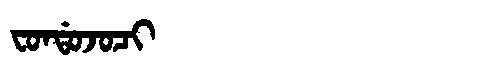
Manchu: ᠸᠣᠨᡩᠣᠵᠣᠴᡳ
Romanization: FONDOJOCI